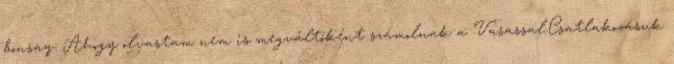
bonsay: Ahogy olvastam nem is megváltóként számolnak a Vasassal.Csatlakozásuk